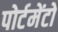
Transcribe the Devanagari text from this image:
पोर्टमेंटो